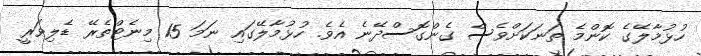
ހުޅުމާލޭގެ ކޮންމެ ތަނަކަށްވެސް ގެންގޮސްދޭނެ އެވެ. ހުޅުމާލޭގައި ނަމަ 15 މިނެޓްތެރޭ ޑެލިވަރީ